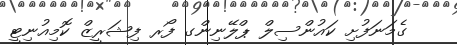
ގެމަނަފުށި ކައުންސިލް ޕްލޭނިންގ ފޯރ ފިޝަރީޒް ކޮމިއުނިޓީ